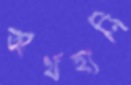
অর্থহানি